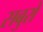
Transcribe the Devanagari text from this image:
सबुरो